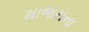
માજરાના